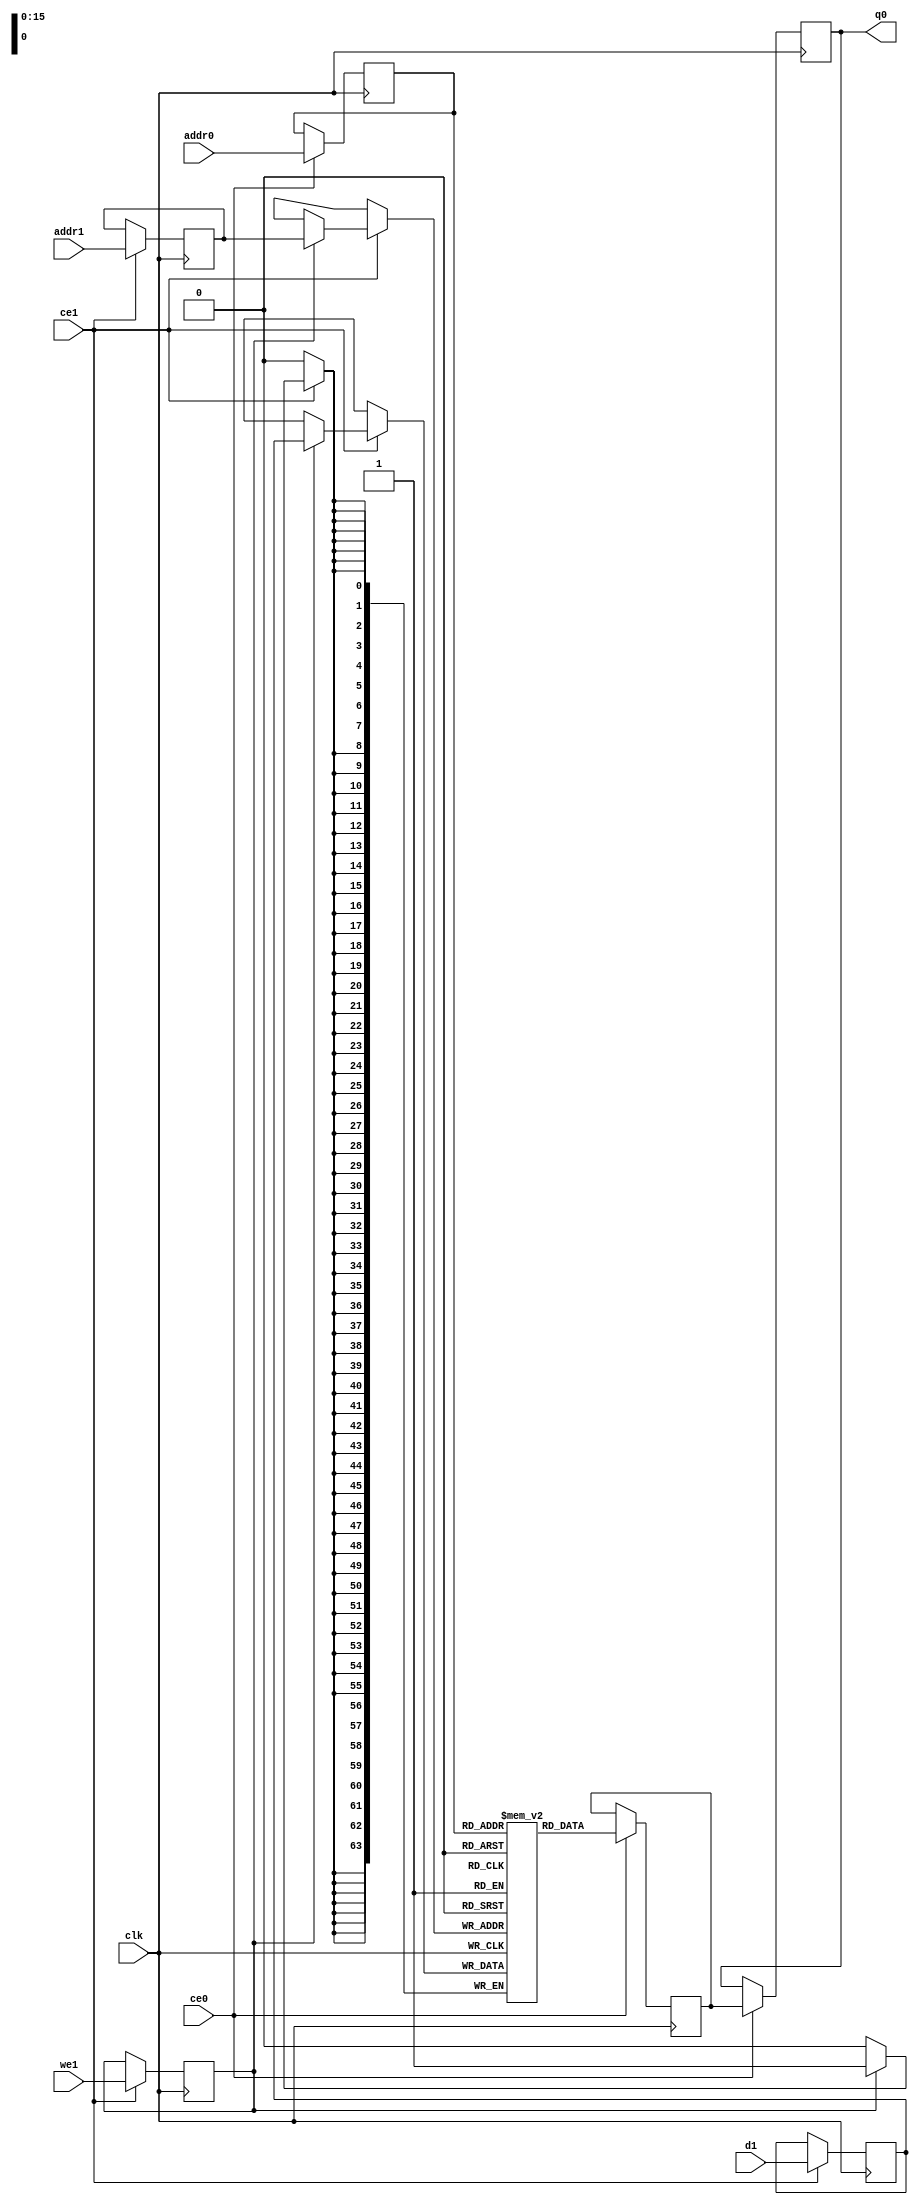
`define EXPONENT 5
`define MANTISSA 10
`define ACTUAL_MANTISSA 11
`define EXPONENT_LSB 10
`define EXPONENT_MSB 14
`define MANTISSA_LSB 0
`define MANTISSA_MSB 9
`define MANTISSA_MUL_SPLIT_LSB 3
`define MANTISSA_MUL_SPLIT_MSB 9
`define SIGN 1
`define SIGN_LOC 15
`define DWIDTH (`SIGN+`EXPONENT+`MANTISSA)
`define IEEE_COMPLIANCE 1

module td_fused_top_td_fused_final_fmaps_memcore_ram (addr0, ce0, q0, addr1, ce1, d1, we1,  clk);

parameter DWIDTH = 64;
parameter AWIDTH = 16;
parameter MEM_SIZE = 49000;

input[AWIDTH-1:0] addr0;
input ce0;
output wire[DWIDTH-1:0] q0;
input[AWIDTH-1:0] addr1;
input ce1;
input[DWIDTH-1:0] d1;
input we1;
input clk;

 reg [DWIDTH-1:0] ram[MEM_SIZE-1:0];
wire [AWIDTH-1:0] addr0_t0; 
reg [AWIDTH-1:0] addr0_t1; 
reg [DWIDTH-1:0] q0_t0;
  reg [DWIDTH-1:0] q0_t1;
wire [AWIDTH-1:0] addr1_t0; 
reg [AWIDTH-1:0] addr1_t1; 
wire [DWIDTH-1:0] d1_t0; 
wire we1_t0; 
reg [DWIDTH-1:0] d1_t1; 
reg we1_t1; 


assign addr0_t0 = addr0;
assign q0 = q0_t1;
assign addr1_t0 = addr1;
assign d1_t0 = d1;
assign we1_t0 = we1;

always @(posedge clk)  
begin
    if (ce0) 
    begin
        addr0_t1 <= addr0_t0; 
        q0_t1 <= q0_t0;
    end
    if (ce1) 
    begin
        addr1_t1 <= addr1_t0; 
        d1_t1 <= d1_t0;
        we1_t1 <= we1_t0;
    end
end


always @(posedge clk)  
begin 
    if (ce0) begin
        q0_t0 <= ram[addr0_t1];
    end
end


always @(posedge clk)  
begin 
    if (ce1) begin
        if (we1_t1) 
            ram[addr1_t1] <= d1_t1; 
    end
end


endmodule